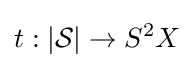
t:|{\mathcal {S}}|\rightarrow S^{2}X